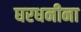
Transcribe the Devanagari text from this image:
घरधनीना